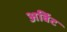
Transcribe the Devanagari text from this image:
अर्बिट